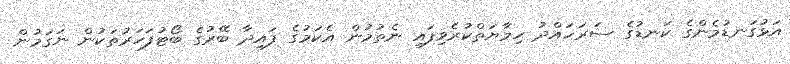
އަޅުގަނޑުމެންގެ ކަނޑުގެ ސަރަހައްދު ހިމާޔަތްކުރެވިފައި ނެތުމުން އެކަމުގެ ފައިދާ ބޭރުގެ ބޯޓުފަހަރުތަކުން ނަގަމުން